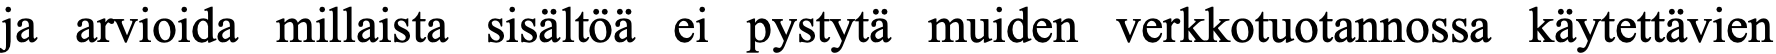
ja arvioida millaista sisältöä ei pystytä muiden verkkotuotannossa käytettävien